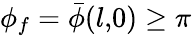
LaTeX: \phi_{f}=\bar{\phi}(l,\! 0)\ge\pi